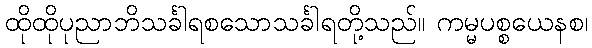
ထိုထိုပုညာဘိသင်္ခါရစသောသင်္ခါရတို့သည်။ ကမ္မပစ္စယေနစ၊